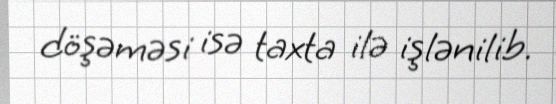
döşəməsi isə taxta ilə işlənilib.